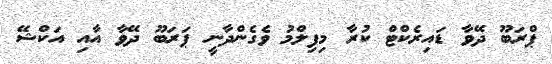
ޕްރަބޫ ދޭވާ ޑައިރެކްޓް ކުރާ މިފިލްމު ވެގެންދާނީ ޕަރަބޫ ދޭވާ އާއި އަކްޝޭ